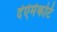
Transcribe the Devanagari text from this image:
द॑ऐमेकोर्ट